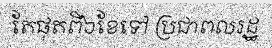
តែផុតពី៦ខែទៅ ប្រជាពលរដ្ឋ